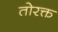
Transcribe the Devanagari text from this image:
तोरक्त